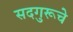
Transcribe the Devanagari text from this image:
सदगुरूचे